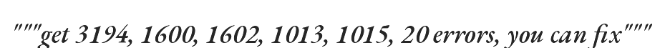
"""get 3194, 1600, 1602, 1013, 1015, 20 errors, you can fix"""